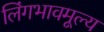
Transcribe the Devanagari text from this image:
लिंगभावमूल्य